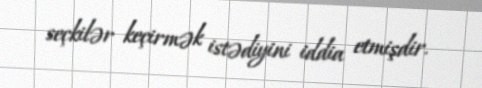
seçkilər keçirmək istədiyini iddia etmişdir.